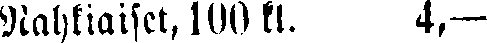
Nahkiaiset, 100 kl. 4,—